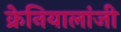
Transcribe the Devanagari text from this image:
क्रेनियालांजी